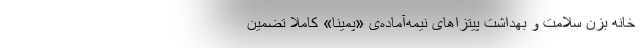
خانه بزن سلامت و بهداشت پیتزاهای نیمه‌آماده‌ی «پمینا» کاملا تضمین